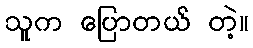
သူက ပြောတယ် တဲ့။